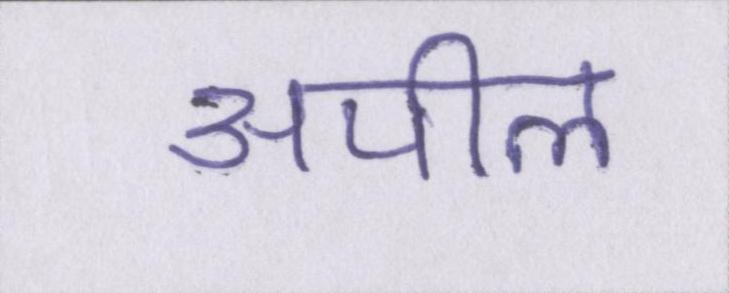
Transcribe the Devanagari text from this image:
अपील